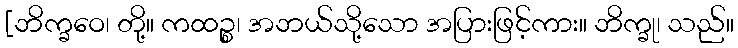
[ဘိက္ခဝေ၊ တို့။ ကထဉ္စ၊ အဘယ်သို့သော အပြားဖြင့်ကား။ ဘိက္ခု၊ သည်။